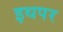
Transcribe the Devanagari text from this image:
इथपर